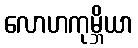
လောဟကုမ္ဘိယာ